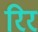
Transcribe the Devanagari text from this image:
रिर